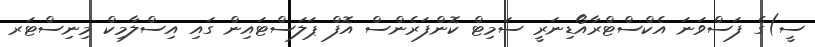
ސީ)ގެ ފަސްވަނަ އެކްސްޓްރާއޯޑިނަރީ ސަމިޓް ކޮންފަރެންސް އޮފް ޕަލަސްޓައިން ގައި އިސްލާމިކް މިނިސްޓަރ